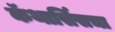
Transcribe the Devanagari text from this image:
कॅथार्सिसचा